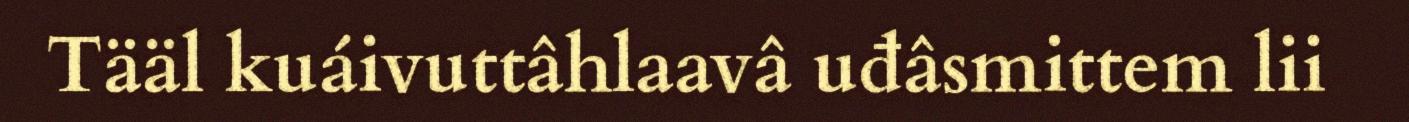
Tääl kuáivuttâhlaavâ uđâsmittem lii